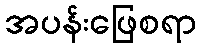
အပန်းဖြေစရာ